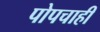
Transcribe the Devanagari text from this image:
पोपचाही